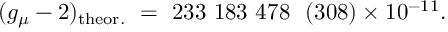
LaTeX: ( g _ { \mu } - 2 ) _ { \mathrm { t h e o r . } } ~ = ~ 2 3 3 ~ 1 8 3 ~ 4 7 8 ~ ~ ( 3 0 8 ) \times 1 0 ^ { - 1 1 } .